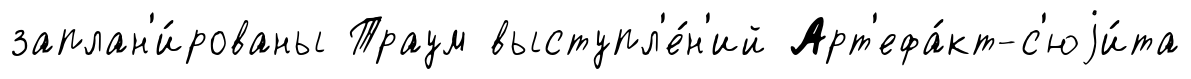
заплан'и́рованы Траум выступл'е́н'ий Арт'ефа́кт-с'юjи́та